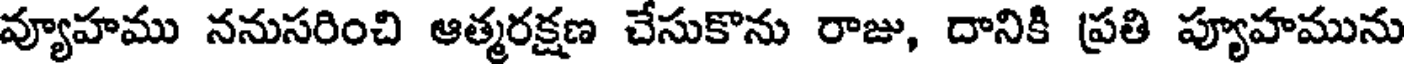
వ్యూహము ననుసరించి ఆత్మరక్షణ చేసుకొను రాజు, దానికి ప్రతి ప్యూహమును